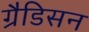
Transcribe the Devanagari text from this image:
ग्रैडिसन